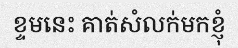
ខ្ទមនេះ គាត់សំលក់មកខ្ញុំ